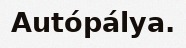
Autópálya.